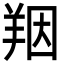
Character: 䍰